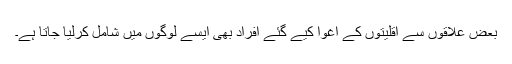
بعض علاقوں سے اقلیتوں کے اغوا کیے گئے افراد بھی ایسے لوگوں میں شامل کرلیا جاتا ہے۔